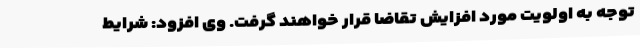
توجه به اولویت مورد افزایش تقاضا قرار خواهند گرفت. وی افزود: شرایط